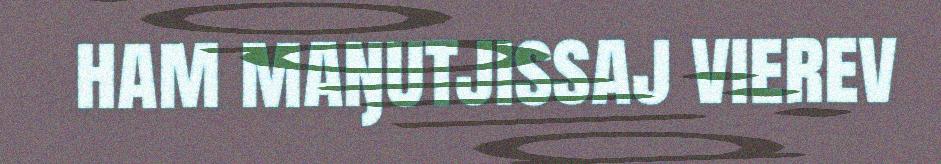
ham maŋutjissaj vierev